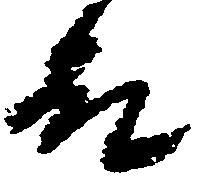
殿